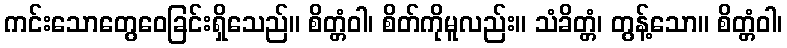
ကင်းသောတွေဝေခြင်းရှိသေည်။ စိတ္တံဝါ၊ စိတ်ကိုမူလည်း။ သံခိတ္တံ၊ တွန့်သော။ စိတ္တံဝါ၊